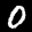
Label: 0